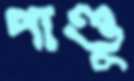
পাণ্ডু